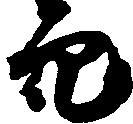
穴